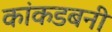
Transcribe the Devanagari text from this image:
कांकडबनी